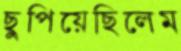
ছুপিয়েছিলেম